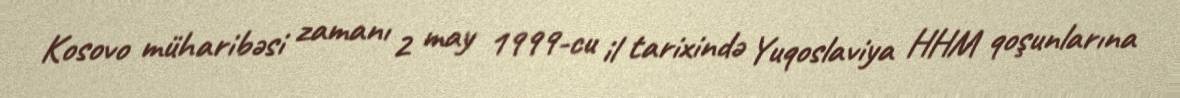
Kosovo müharibəsi zamanı 2 may 1999-cu il tarixində Yuqoslaviya HHM qoşunlarına